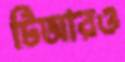
টিআরও